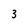
Character: 3